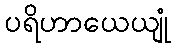
ပရိဟာယေယျုံ